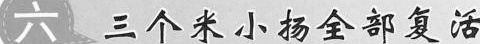
六 三个米小扬全部复活